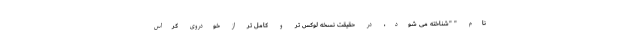
نام " "شناخته می شود، در حقیقت نسخه لوکس تر و کامل تر از خودروی کراس